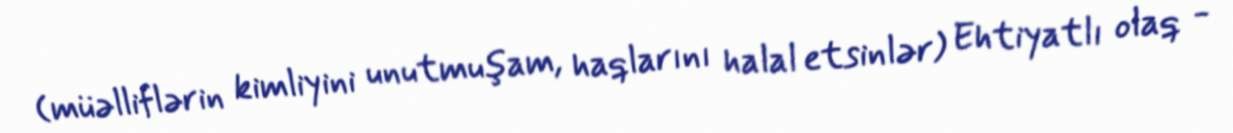
(müəlliflərin kimliyini unutmuşam, haqlarını halal etsinlər) Ehtiyatlı olaq -